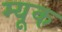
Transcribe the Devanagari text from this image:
म्यूक